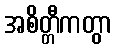
အစိတ္တီကတွာ